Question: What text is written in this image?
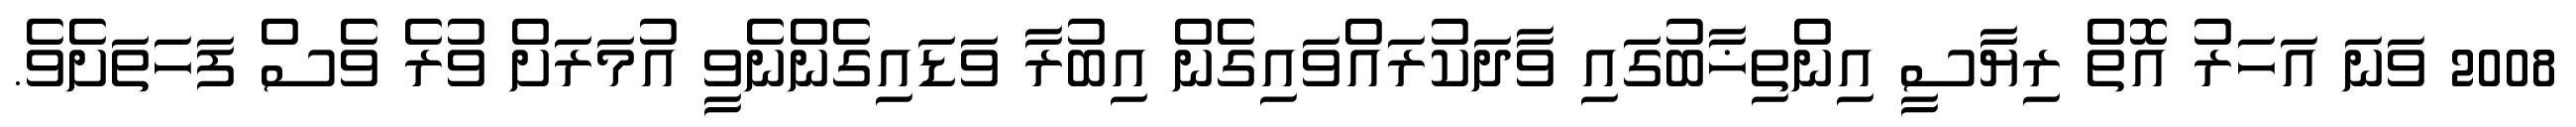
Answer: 2008 ވަނަ އަހަރު އޮތް ރިޔާސީ އިންތިޚާބުގައި ވާދަކުރައްވައިގެން އިބުރާ ވަޑައިގެންނެވީ އުމަރަށް ވުރެ ވެސް ފަހަތަށެވެ.